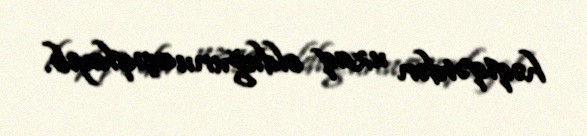
həqiqətdən uzaq olduğunu açıqlayıb.